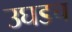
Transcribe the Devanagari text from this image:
उघडच